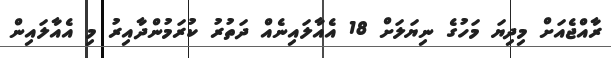
ރާއްޖެއަށް މިދިޔަ މަހުގެ ނިޔަލަށް 18 އެއާލައިނެއް ދަތުރު ކުރަމުންދާއިރު މި އެއާލައިން